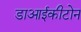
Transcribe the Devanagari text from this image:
डाआईकीटोन